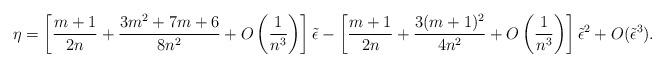
LaTeX: \begin{align*}\eta = \left[{m+1 \over 2n}+ {3m^2+7m+6 \over 8n^2}+ O\left({1 \over n^3}\right)\right]\tilde \epsilon - \left[{m+1 \over 2n}+{3(m+1)^2 \over 4n^2}+O\left({1 \over n^3}\right)\right]\tilde \epsilon^2 +O(\tilde \epsilon^3).\end{align*}